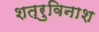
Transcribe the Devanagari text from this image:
शत्रुविनाश